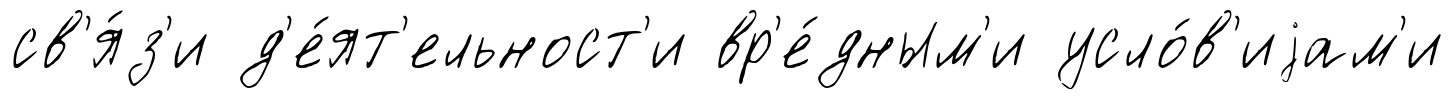
св'я́з'и д'е́ят'ельност'и вр'е́дным'и усло́в'иjам'и